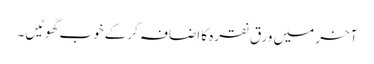
آخر میں ورقِ نقرہ کا اِضافہ کر کے خوب گھوٹیں۔